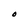
Character: O